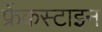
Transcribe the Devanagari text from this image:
फ्रेंकस्टाइन